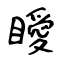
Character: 瞹